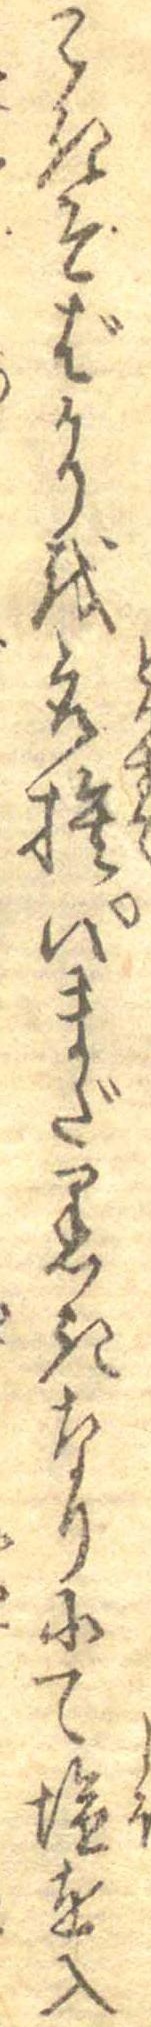
こきそばかりを取捨いまだ黒きなりにて塩を入